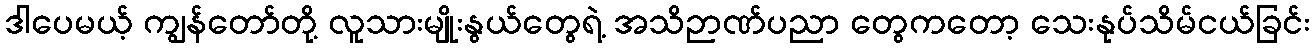
ဒါပေမယ့် ကျွန်တော်တို့ လူသားမျိုးနွယ်တွေရဲ့ အသိဉာဏ်ပညာ တွေကတော့ သေးနုပ်သိမ်ငယ်ခြင်း